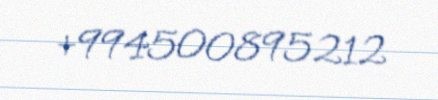
+994500895212